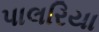
પાલરિયા